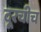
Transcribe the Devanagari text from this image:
दूरचीच